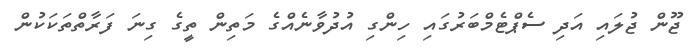
ޖޫން ޖުލައި އަދި ސެޕްޓެމްބަރުގައި ހިންގި އުދުވާނެއްގެ މަތިން ތީގެ ގިނަ ފަރާތްތަކަކުން